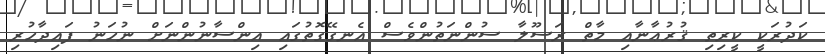
ކަދުރަކީ ކީރިތި ޤުރުޢާނާއި މާތް ރަސޫލާ ސުންނަތުންވެސް އެނގޭގޮތުގައި އިންސާނުންނަށް ނުހަނު ފައިދާހުރި